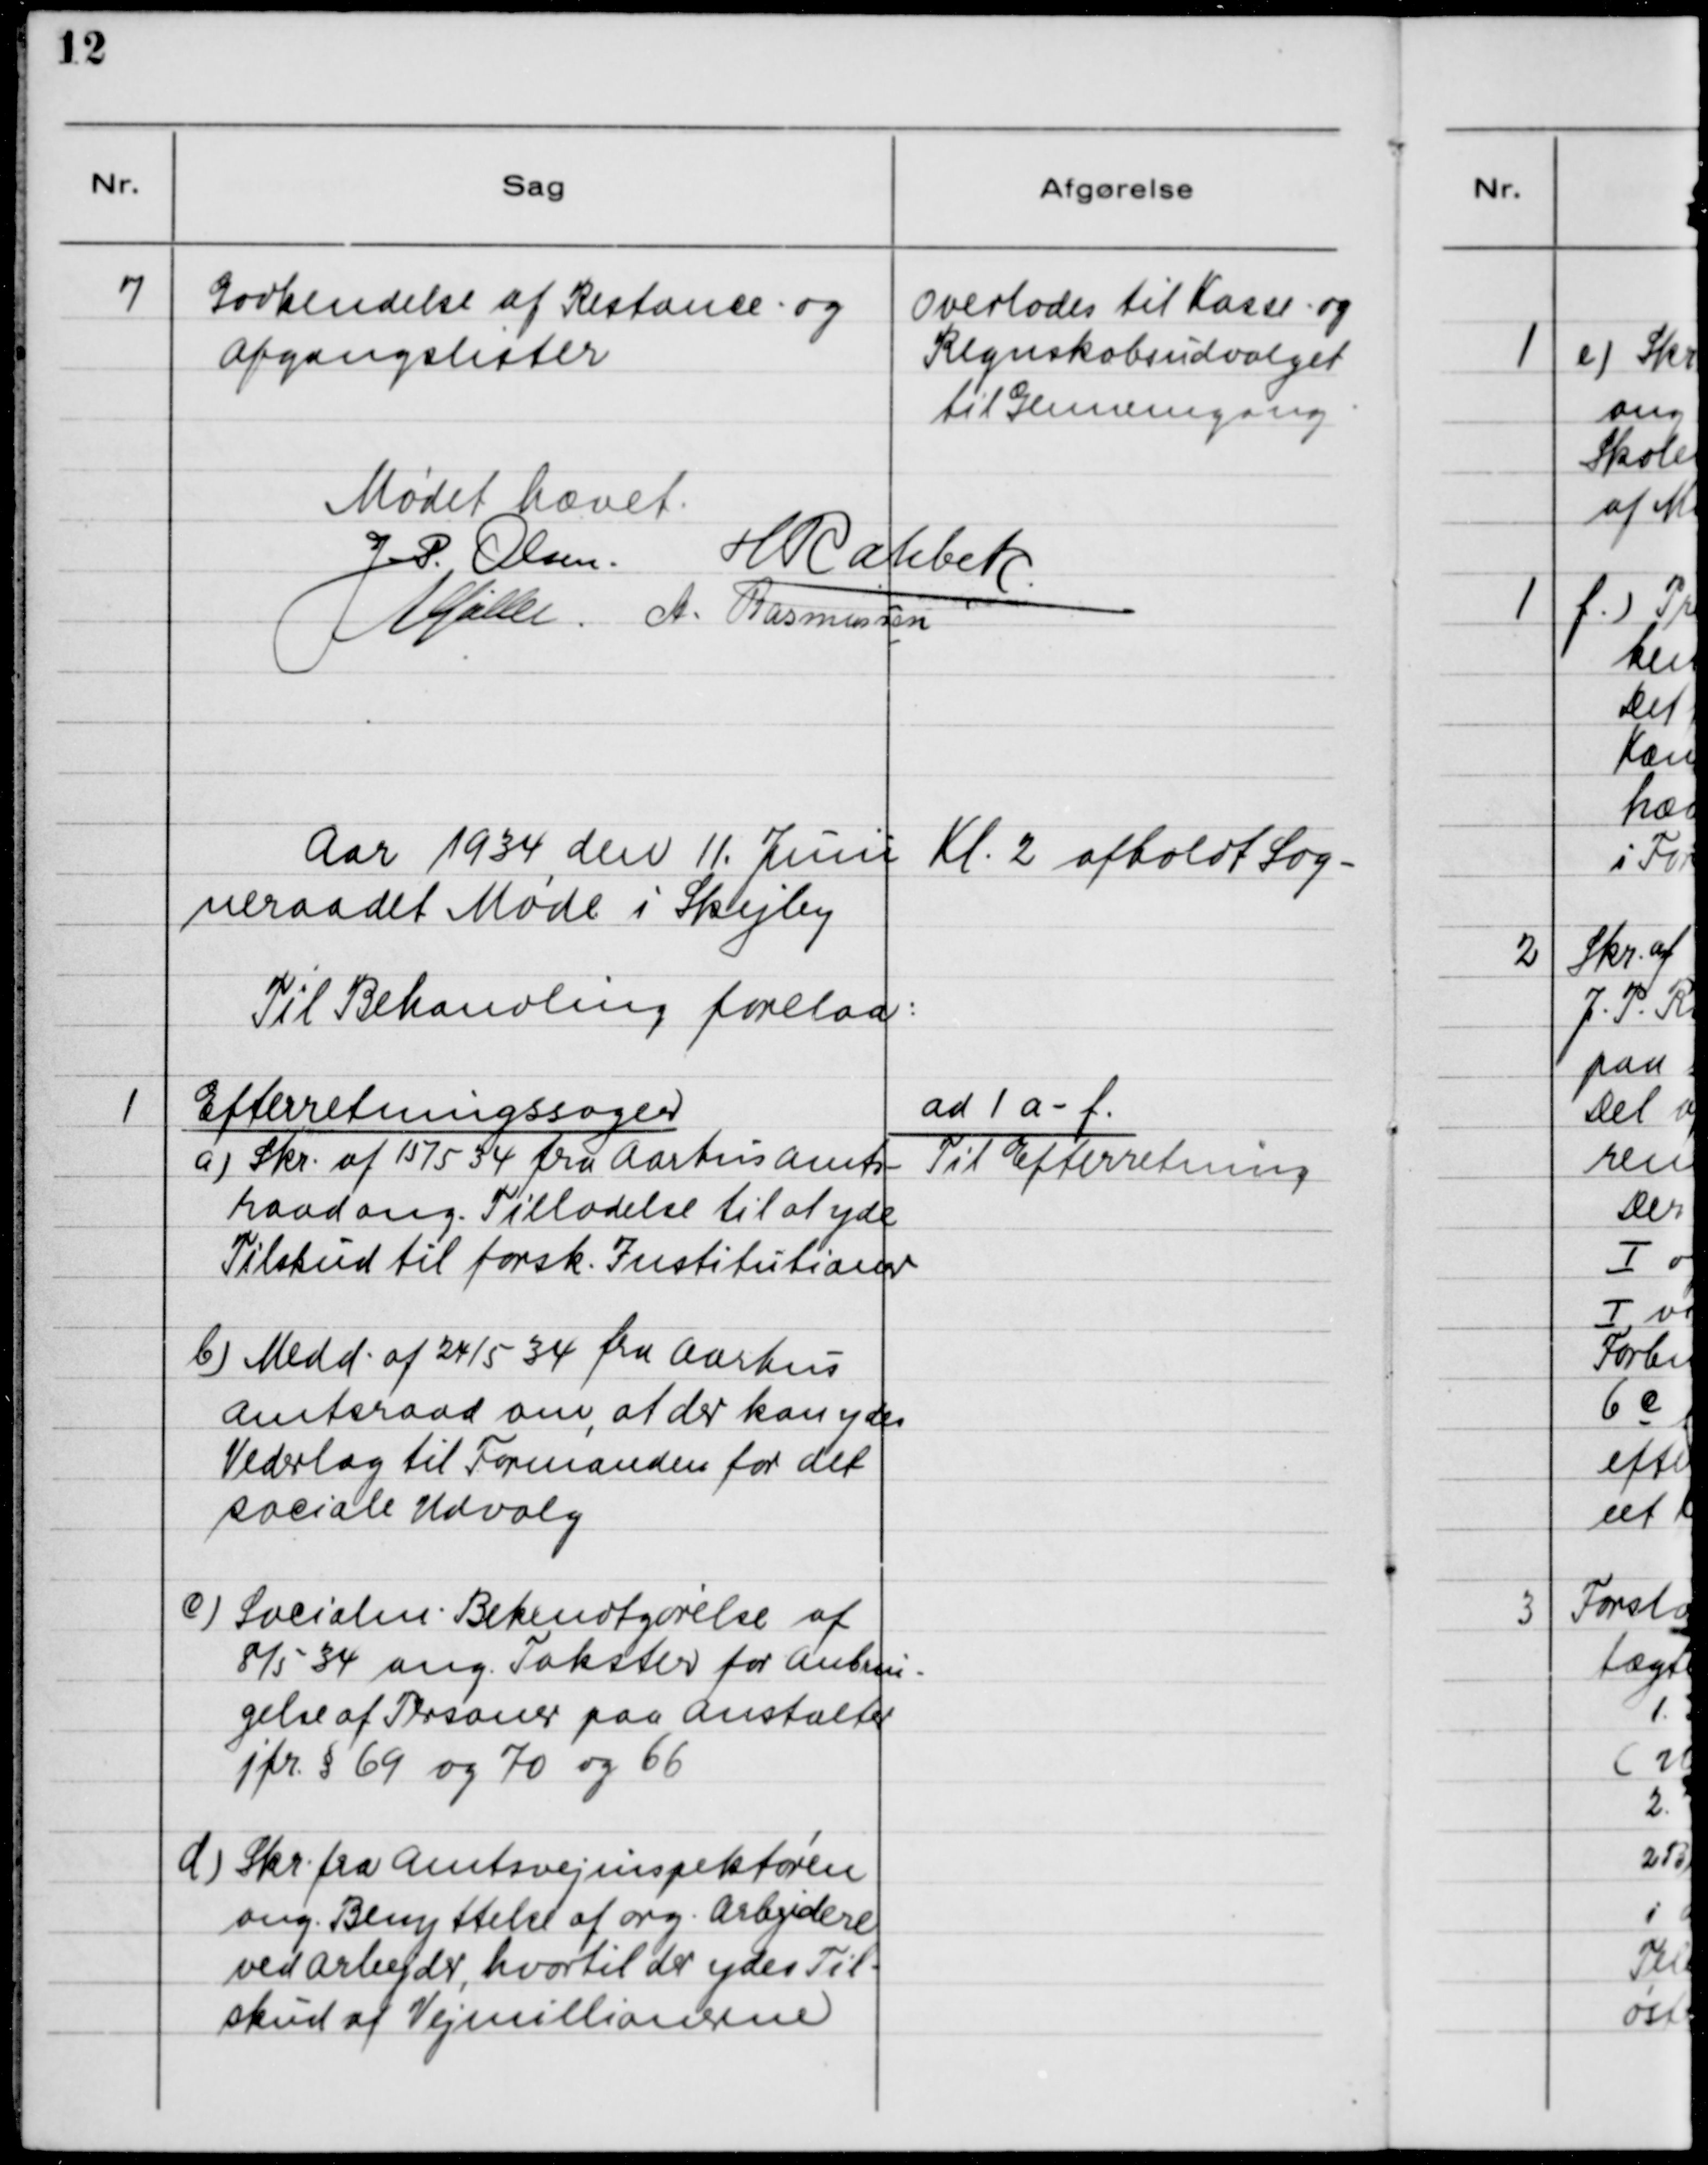
Transskription:
7

Godkendelse af Restance- og
Afgangslister

Overlades til Kasse- og
Regnskabsudvalget
til Gennemgang

Mødet hævet

Aar 1934 den 11. Juni Kl. 2 afholdt Sog-
neraadet Møde i Skejby
Til Behandling forelaa:

1

Efterretningssager
a) Skr. af 15/5 34 fra Aarhus Amts-
raad ang. Tilladelse til at yde
Tilskud til forsk. Institutioner
b) Medd. af 24/5 34 fra Aarhus
Amtsraad om, at der kan ydes
Vederlag til Formanden for det
sociale Udvalg
c) Socialm. Bekendtgørelse af
8/5 34 ang. Takster for Anbrin-
gelse af Personer paa Anstalter
jfr. §69 og 70 og 66
d) Skr. fra Amtsvejinspektøren
ang. Benyttelse af org. Arbejdere
ved Arbejder, hvortil der ydes Til-
skud af Vejmillionerne.

ad 1 a - f
Til Efterretning